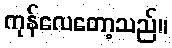
ကုန်လေတော့သည်။